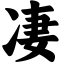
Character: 凄